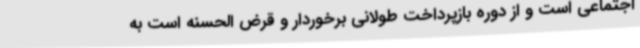
اجتماعی است و از دوره بازپرداخت طولانی برخوردار و قرض الحسنه است به